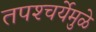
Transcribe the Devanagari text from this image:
तपश्‍चर्येमुळे